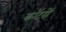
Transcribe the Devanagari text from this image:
कॉटरों